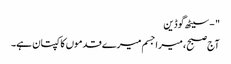
" - سیٹھ گوڈین
آج صبح ، میرا جسم میرے قدموں کا کپتان ہے۔